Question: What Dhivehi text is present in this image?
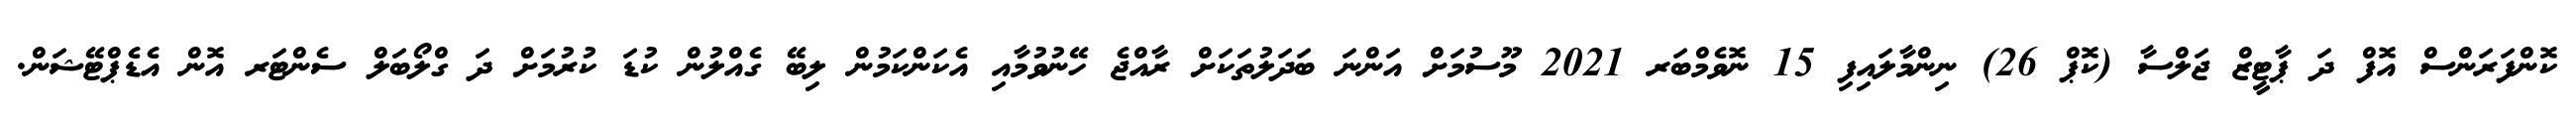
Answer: ކޮންފަރަންސް އޮފް ދަ ޕާޓީޒް ޖަލްސާ (ކޮޕް 26) ނިންމާލައިފި 15 ނޮވެމްބަރ 2021 މޫސުމަށް އަންނަ ބަދަލުތަކަށް ރާއްޖެ ހޭނުވުމާއި އެކަންކަމުން ލިބޭ ގެއްލުން ކުޑަ ކުރުމަށް ދަ ގްލޯބަލް ސެންޓަރ އޮން އެޑެޕްޓޭޝަން.